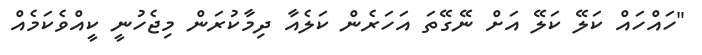
"ހައްހައް ކަލޭ ކަލޭ އަށް ނޭގޭތަ އަހަރެން ކަލެއާ ދިމާކުރަން މިޖެހުނީ ކީއްވެކަމެއް